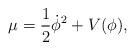
LaTeX: \begin{align*}\mu = \frac{1}{2}\dot{\phi}^2 + V(\phi),\end{align*}